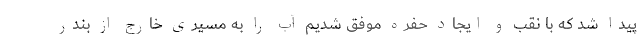
پیدا شد که با نقب و ایجاد حفره موفق شدیم آب را به مسیری خارج از بندر